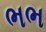
ભભ